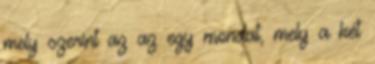
mely szerint az az egy mondat, mely a két